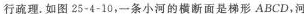
行疏理。如图25-4-10，一条小河的横断面是梯形ABCD，河